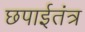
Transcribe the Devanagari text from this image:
छपाईतंत्र